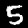
Label: 5